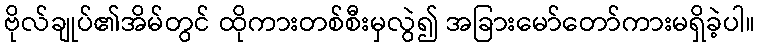
ဗိုလ်ချုပ်၏အိမ်တွင် ထိုကားတစ်စီးမှလွဲ၍ အခြားမော်တော်ကားမရှိခဲ့ပါ။